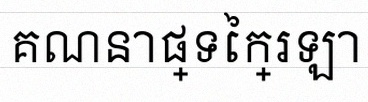
គណនាផ្ទៃក្រឡា